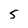
Character: 5